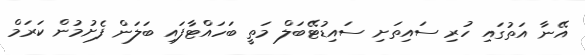
އޭނާ އަތުގައި ހުރި ސައިތަށި ސައިޑުޓޭބަލް މަތީ ބަހައްޓާފައި ބަލަން ފެށުމުން ކަރަމް